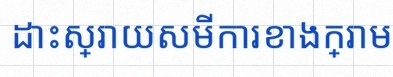
ដោះស្រាយសមីការខាងក្រោម